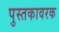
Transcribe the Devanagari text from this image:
पुस्तकावरक